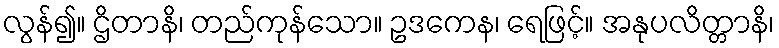
လွန်၍။ ဌိတာနိ၊ တည်ကုန်သော။ ဥဒကေန၊ ရေဖြင့်။ အနုပလိတ္တာနိ၊